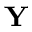
\mathbf { Y }